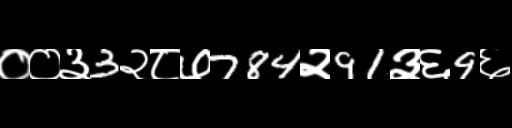
Text: ००३3२८७784२91३६9६